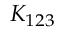
K _ { 1 2 3 }